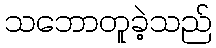
သဘောတူခဲ့သည်